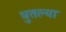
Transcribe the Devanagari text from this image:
धुतल्या